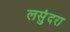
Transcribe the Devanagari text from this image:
लसुंदरा